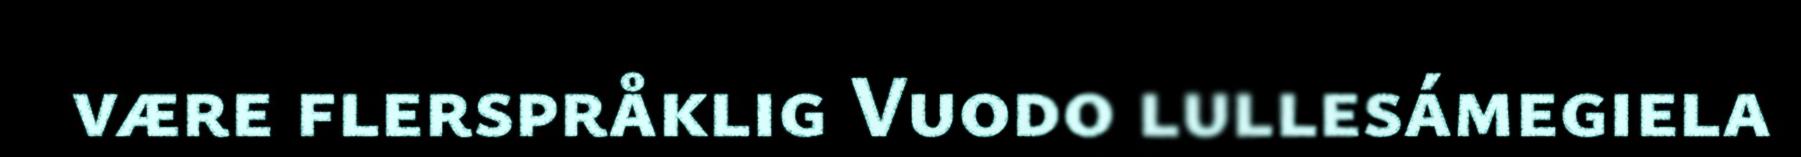
være flerspråklig Vuodo lullesámegiela